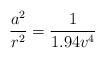
\begin{align*}\frac{a^2}{r^2}=\frac{1}{1.94 v^4}\end{align*}